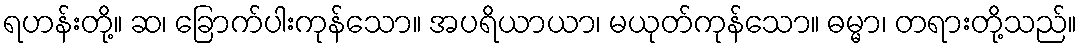
ရဟန်းတို့။ ဆ၊ ခြောက်ပါးကုန်သော။ အပရိယာယာ၊ မယုတ်ကုန်သော။ ဓမ္မာ၊ တရားတို့သည်။